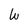
Character: W